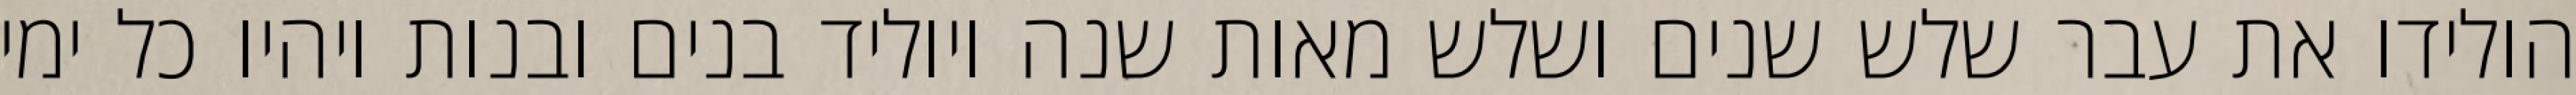
הולידו את עבר שלש שנים ושלש מאות שנה ויוליד בנים ובנות ויהיו כל ימי